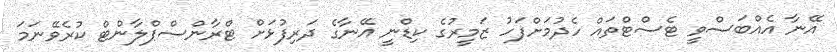
އޭނާ އެއްބަސްވީ ޓެސްޓްތައް ހެދުމަށްފަހު ޒަމީރުގެ ކިޑްނީ އޭނާގެ ދަރިފުޅަށް ޓްރާންސްޕްލާންޓް ކުރެވޭނަމަ